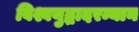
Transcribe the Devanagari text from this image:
विश्वयुद्धादरम्यान